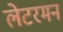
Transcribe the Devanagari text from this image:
लेटरमन